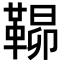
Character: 𮧠